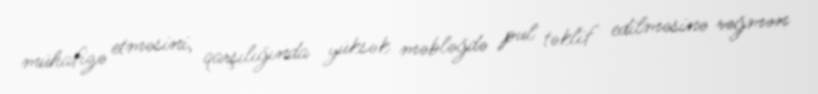
mühafizə etməsini, qarşılığında yüksək məbləğdə pul təklif edilməsinə rəğmən